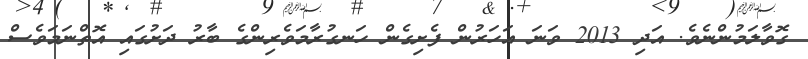
ގޮވާލަމުންނެވެ. އަދި 2013 ވަނަ އަހަރުން ފެށިގެން ހަނގުރާމަވެރިންގެ ބާރު ދަށުގައި އޮތްނަމަވެސް